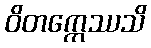
ဝိတက္ကေဿသိ